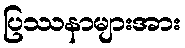
ပြဿနာများအား